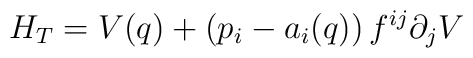
H_T=V(q)+\left(p_i-a_i(q) \right) f^{ij} \partial _j V